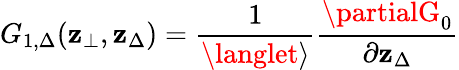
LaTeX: G_{1,\Delta}(\mathbf{z}_{\bot},\mathbf{z}_{\Delta})=\frac{{1}}{{\langlet\rangle}}\frac{{\partialG_{0}}}{{\partial\mathbf{z}_{\Delta}}}